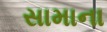
સામાના